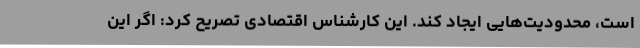
است، محدودیت‌هایی ایجاد کند. این کارشناس اقتصادی تصریح کرد: اگر این